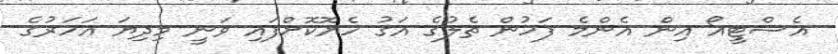
އެސްޓީއޯ އިން އެންމެ ފަހުން ތެލުގެ އަގު ހެޔޮކޮށްފައި ވަނީ މިދިޔަ އަހަރުގެ